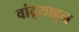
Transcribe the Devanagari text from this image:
वांद्र्याहून